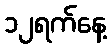
၁၂ရက်နေ့